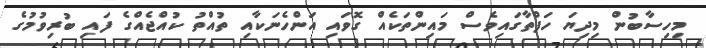
މިހިސާބުން މިދިޔަ ހަފްތާގައިވެސް މައިންތަކެއް ގޮވައި އަންހެނަކާއި ތުއްތު ކުއްޖެއްގެ ފައި ބުރިވުމުގެ